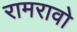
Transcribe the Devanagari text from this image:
रामरावो